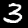
Label: 3